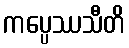
ကပ္ပေဿသီတိ